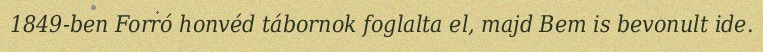
1849-ben Forró honvéd tábornok foglalta el, majd Bem is bevonult ide.